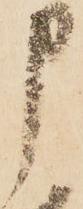
申